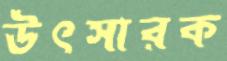
উৎসারক